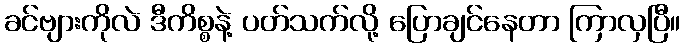
ခင်ဗျားကိုလဲ ဒီကိစ္စနဲ့ ပတ်သက်လို့ ပြောချင်နေတာ ကြာလှပြီ။